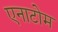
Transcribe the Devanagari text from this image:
एनाटोम